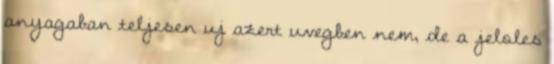
anyagaban teljesen uj azert uvegben nem, de a jeloles